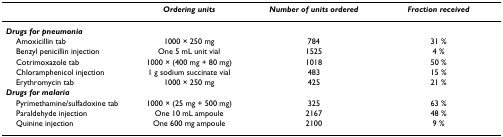
<table><thead><tr><td></td><td><b><i>Ordering units</i></b></td><td><b><i>Number of units ordered</i></b></td><td><b><i>Fraction received</i></b></td></tr></thead><tbody><tr><td><b><i>Drugs for pneumonia</i></b></td><td></td><td></td><td></td></tr><tr><td> Amoxicillin tab</td><td>1000 × 250 mg</td><td>784</td><td>31 %</td></tr><tr><td> Benzyl penicillin injection</td><td>One 5 mL unit vial</td><td>1525</td><td>4 %</td></tr><tr><td> Cotrimoxazole tab</td><td>1000 × (400 mg + 80 mg)</td><td>1018</td><td>50 %</td></tr><tr><td> Chloramphenicol injection</td><td>1 g sodium succinate vial</td><td>483</td><td>15 %</td></tr><tr><td> Erythromycin tab</td><td>1000 × 250 mg</td><td>425</td><td>21 %</td></tr><tr><td><b><i>Drugs for malaria</i></b></td><td></td><td></td><td></td></tr><tr><td> Pyrimethamine/sulfadoxine tab</td><td>1000 × (25 mg + 500 mg)</td><td>325</td><td>63 %</td></tr><tr><td> Paraldehyde injection</td><td>One 10 mL ampoule</td><td>2167</td><td>48 %</td></tr><tr><td> Quinine injection</td><td>One 600 mg ampoule</td><td>2100</td><td>9 %</td></tr></tbody></table>